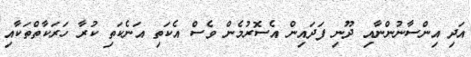
އަދި އިންސާނުންނާއި ދޫނި ފަދައިން އެސޮރުމެން ވެސް އެކަތި އަނެކަތި ކުރާ ހަރަކާތްތަކާއި